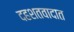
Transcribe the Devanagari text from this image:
दहशतवादात